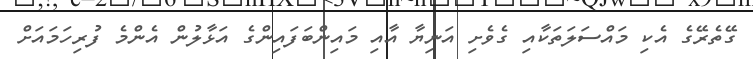
ގޭތެރޭގެ އެކި މައްސަލަތަކާއި ގެވެށި އަނިޔާ އާއި މައިންބަފައިންގެ އަޅާލުން އެންމެ ފުރިހަމައަށް